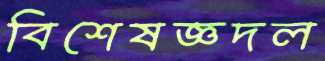
বিশেষজ্ঞদল